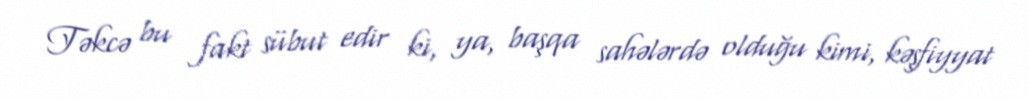
Təkcə bu fakt sübut edir ki, ya, başqa sahələrdə olduğu kimi, kəşfiyyat